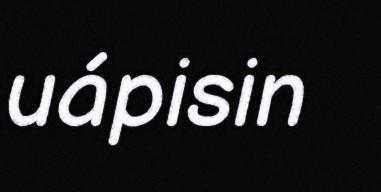
uápisin